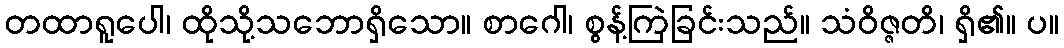
တထာရူပေါ၊ ထိုသို့သဘောရှိသော။ စာဂေါ၊ စွန့်ကြဲခြင်းသည်။ သံဝိဇ္ဇတိ၊ ရှိ၏။ ပ။